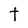
Character: t